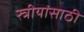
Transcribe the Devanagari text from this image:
स्त्रीयांसाठी